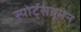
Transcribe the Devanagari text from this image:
स्पोर्ट्सवूमेन